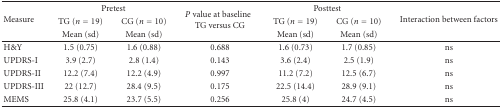
| <ROWSPAN=3> Measure | <COLSPAN=2> Pretest | <ROWSPAN=3> P value at baselineTG versus CG | <COLSPAN=2> Posttest | <ROWSPAN=3> Interaction between factors |
 | TG (n = 19) | CG (n = 10) | TG (n = 19) | CG (n = 10) |
 | Mean (sd) | Mean (sd) | Mean (sd) | Mean (sd) |
 | --- | --- | --- | --- | --- | --- | --- |
 | H&Y | 1.5 (0.75) | 1.6 (0.88) | 0.688 | 1.6 (0.73) | 1.7 (0.85) | ns |
 | UPDRS-I | 3.9 (2.7) | 2.8 (1.4) | 0.143 | 3.6 (2.4) | 2.5 (1.9) | ns |
 | UPDRS-II | 12.2 (7.4) | 12.2 (4.9) | 0.997 | 11.2 (7.2) | 12.5 (6.7) | ns |
 | UPDRS-III | 22 (12.7) | 28.4 (9.5) | 0.175 | 22.5 (14.4) | 28.9 (9.1) | ns |
 | MEMS | 25.8 (4.1) | 23.7 (5.5) | 0.256 | 25.8 (4) | 24.7 (4.5) | ns |